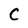
Character: C